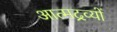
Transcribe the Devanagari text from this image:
आत्मद्रव्यों